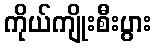
ကိုယ်ကျိုးစီးပွား